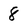
Character: 8